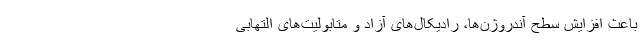
باعث افزایش سطح آندروژن‌ها، رادیکال‌های آزاد و متابولیت‌های التهابی